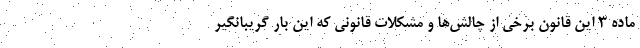
ماده ۳ این قانون برخی از چالش‌ها و مشکلات قانونی که این بار گریبانگیر